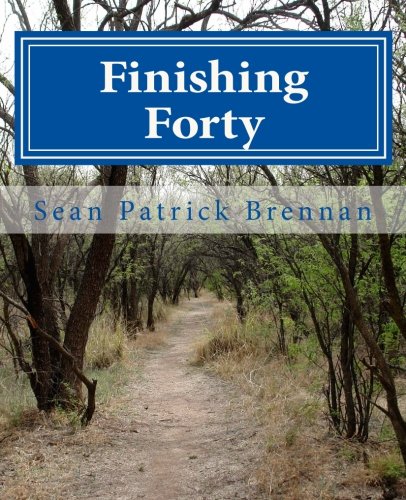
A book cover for Finishing Forty; Sean Patrick Brennan; Literature & Fiction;